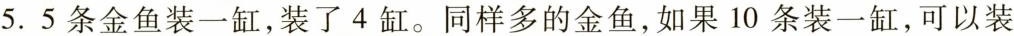
5.5条金鱼装一缸，装了4缸。同样多的金鱼，如果10条装一缸，可以装